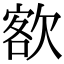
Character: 𣣟